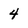
Character: 4